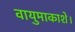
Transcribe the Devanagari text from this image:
वायुमाकाशे।